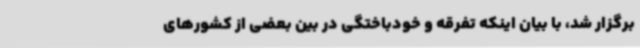
برگزار شد، با بیان اینکه تفرقه و خودباختگی در بین بعضی از کشورهای